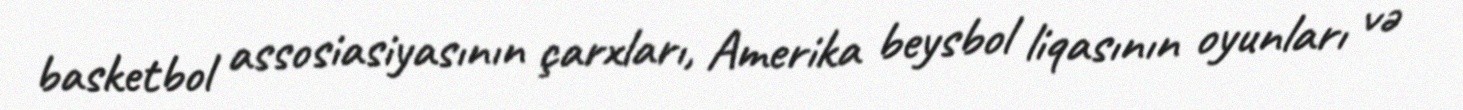
basketbol assosiasiyasının çarxları, Amerika beysbol liqasının oyunları və